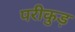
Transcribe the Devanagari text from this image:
परीकुड़